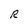
Character: R